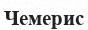
Чемерис